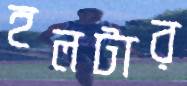
হলটার